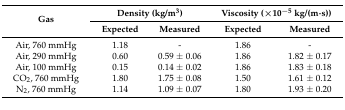
| <ROWSPAN=2> Gas | <COLSPAN=2> Density (kg/m3) | <COLSPAN=2> Viscosity (×10−5 kg/(m·s)) |
 | Expected | Measured | Expected | Measured |
 | --- | --- | --- | --- | --- |
 | Air, 760 mmHg | 1.18 | - | 1.86 | - |
 | Air, 290 mmHg | 0.60 | 0.59 ± 0.06 | 1.86 | 1.82 ± 0.17 |
 | Air, 100 mmHg | 0.15 | 0.14 ± 0.02 | 1.86 | 1.83 ± 0.18 |
 | CO2, 760 mmHg | 1.80 | 1.75 ± 0.08 | 1.50 | 1.61 ± 0.12 |
 | N2, 760 mmHg | 1.14 | 1.09 ± 0.07 | 1.80 | 1.93 ± 0.20 |